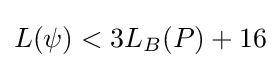
L(\psi )<3L_{B}(P)+16